Problem: 8 × 8 = ?
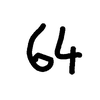
Handwritten answer: 64